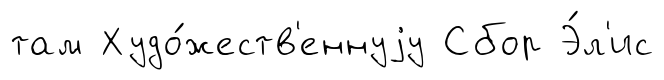
там Худо́жеств'еннуjу Сбор Э́л'ис